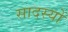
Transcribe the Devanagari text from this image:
सादस्यों